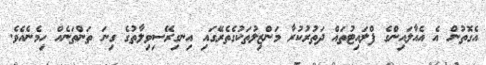
އެގޮތުން އެ އެއާލައިންގެ ފްލައިޓުތައް ދަތުރުކުރާ މަންޒިލުތަކުގެތެރޭގައި އިނގިރޭސިވިލާތުގެ ގިނަ ތަންތަނެއް ހިމެނެއެވެ.